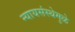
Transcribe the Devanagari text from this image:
न्यायसंस्थेमुळे